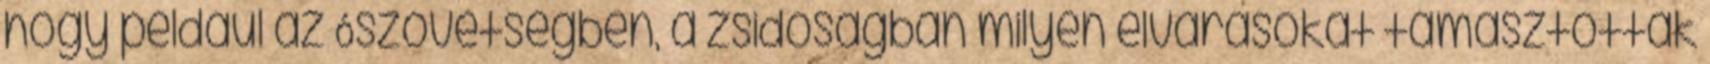
hogy például az Ószövetségben, a zsidóságban milyen elvárásokat támasztottak